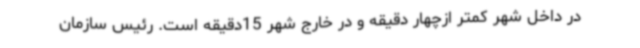
در داخل شهر کمتر ازچهار دقیقه و در خارج شهر 15دقیقه است. رئیس سازمان